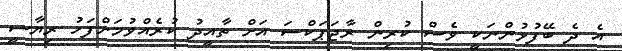
އެ ދެ ބޭފުޅުންނަކީ ވެސް ކުރިން ރާޖަޕަކްސަ އަށް ތާއީދު ކުރެއްވުމަށްފަހު ރިޔާސީ